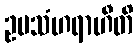
ဥပသံဟရာဟီတိ